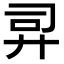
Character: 𫸙